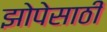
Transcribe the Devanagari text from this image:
झोपेसाठी